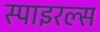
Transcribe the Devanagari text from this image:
स्पाइरल्स